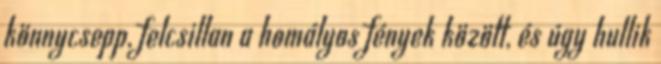
könnycsepp, felcsillan a homályos fények között, és úgy hullik